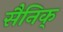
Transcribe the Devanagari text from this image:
सैनिक्